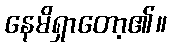
နေမိရှာတော့၏။